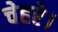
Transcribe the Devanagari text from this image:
चेहरे।